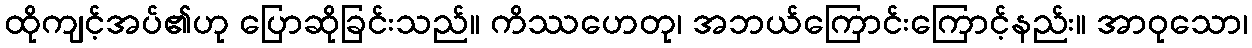
ထိုကျင့်အပ်၏ဟု ပြောဆိုခြင်းသည်။ ကိဿဟေတု၊ အဘယ်ကြောင်းကြောင့်နည်း။ အာဝုသော၊